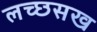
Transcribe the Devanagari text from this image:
लच्छसख